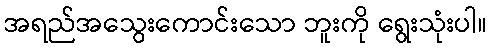
အရည်အသွေးကောင်းသော ဘူးကို ရွေးသုံးပါ။